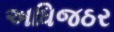
અધિજઠર